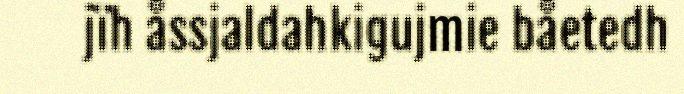
jïh åssjaldahkigujmie båetedh